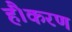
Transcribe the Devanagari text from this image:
हैं।करण